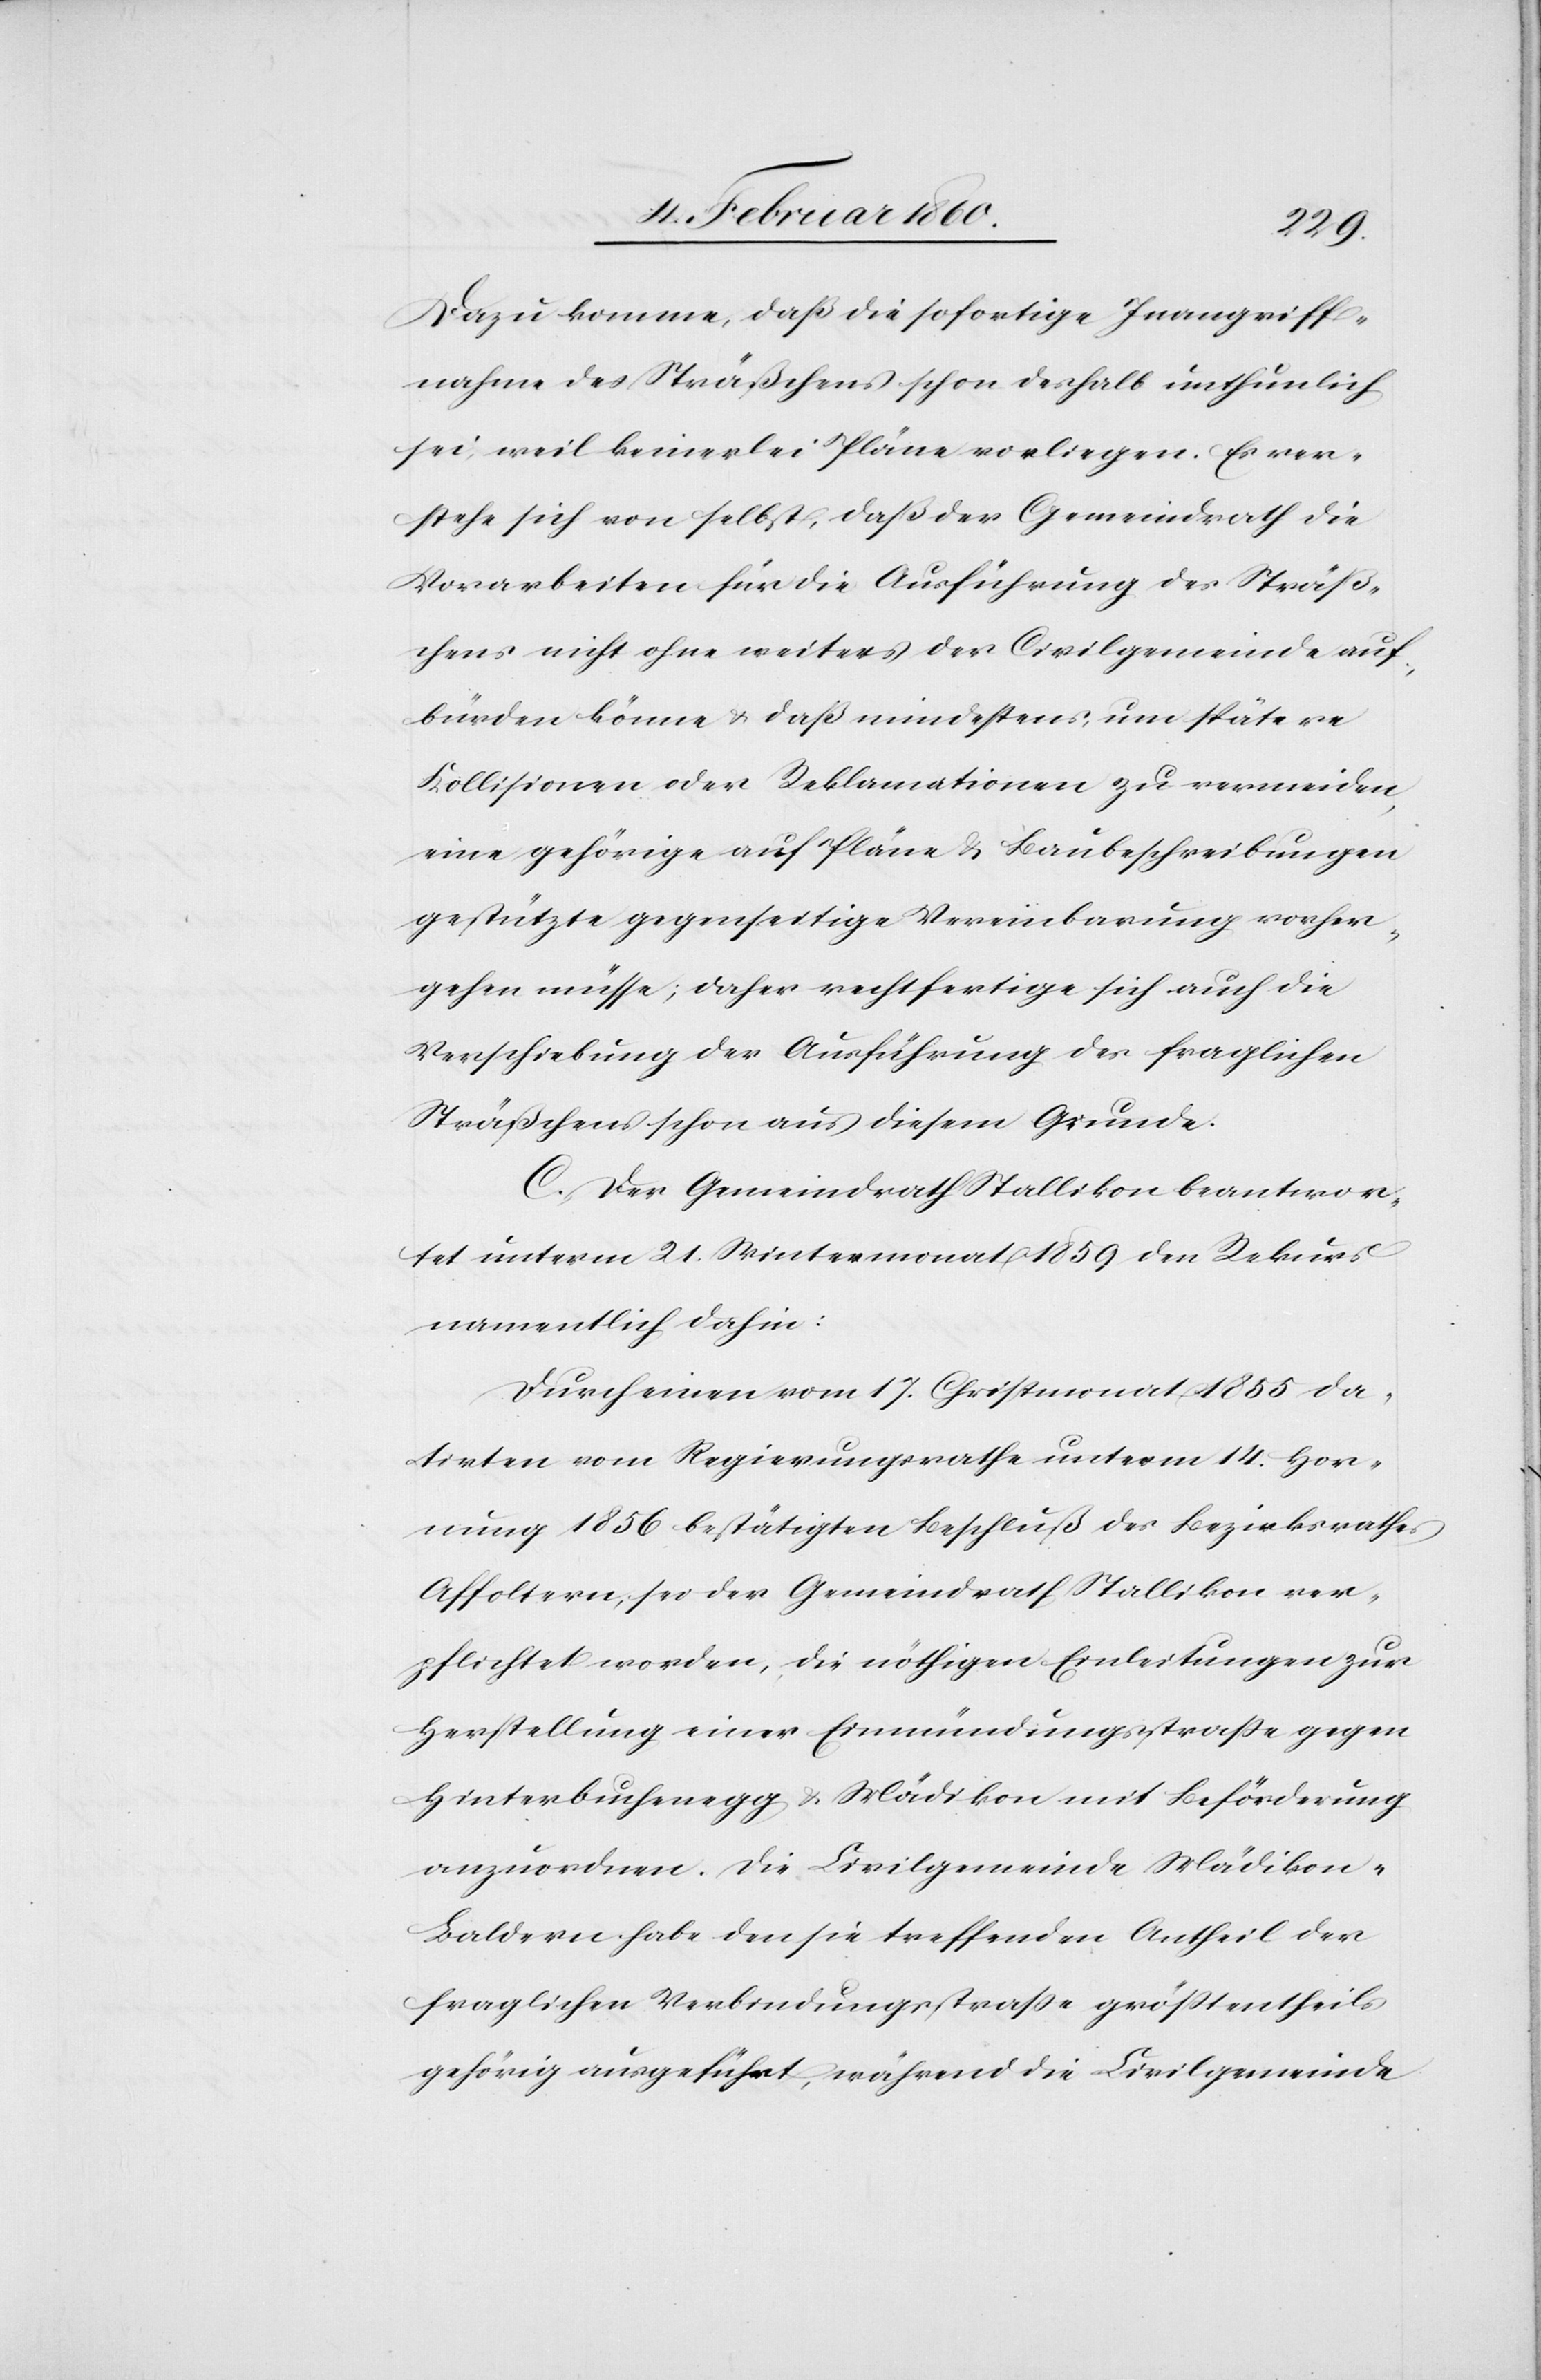
Dazu komme, daß die sofortige Inangriff¬
nahme des Sträßchens schon deshalb unthunlich
sei, weil keinerlei Pläne vorliegen. Es ver¬
stehe sich von selbst, daß der Gemeindrath die
Vorarbeiten für die Ausführung des Sträß¬
chens nicht ohne weiters der Civilgemeinde auf¬
bürden könne u. daß mindestens um spätere
Kollisionen oder Reklamationen zu vermeiden,
eine gehörige auf Pläne u. Baubeschreibungen
gestützte gegenseitige Vereinbarung vorher¬
gehen müsse, daher rechtfertige sich auch die
Verschiebung der Ausführung des fraglichen
C. Der Gemeindrath Stallikon beantwor¬
tet unterm 21. Wintermonat 1859 den Rekurs
namentlich dahin:
Durch einen vom 17. Christmonat 1855 da¬
tirten vom Regierungsrathe unterm 14. Hor¬
nung 1856 bestätigten Beschluß des Bezirksrathes
Affoltern sei der Gemeindrath Stallikon ver¬
pflichtet worden, die nöthigen Einleitungen zur
Herstellung einer Einmündungsstrasse gegen
Hinterbuchenegg u. Mädikon mit Beförderung
anzuordnen. Die Civilgemeinde Mädikon-B¬
alder habe den sie treffenden Antheil der
fraglichen Verbindungsstrasse grösstentheils
gehörig ausgeführt, während die Civilgemeinde